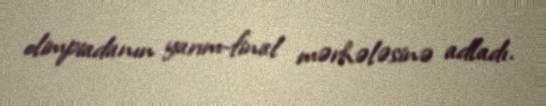
olimpiadanın yarım-final mərhələsinə adladı.